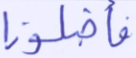
فأضلونا